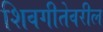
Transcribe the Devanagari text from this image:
शिवगीतेवरील